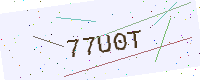
Text: 77U0T